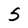
Character: 5